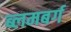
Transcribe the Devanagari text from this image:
ब्लमबर्ग